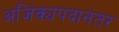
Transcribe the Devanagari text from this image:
अजिंक्यपदानंतर